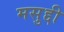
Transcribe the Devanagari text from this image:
मसुद्दी